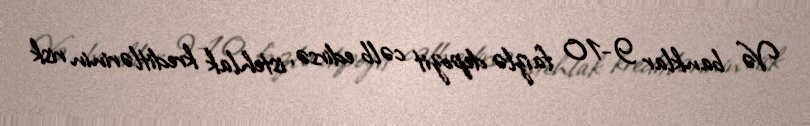
Və banklar 9-10 faizlə depozit cəlb edirsə, istehlak kreditlərinin risk